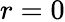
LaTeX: r=0